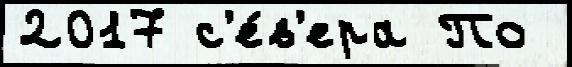
2017 с'е́в'ера По